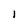
Character: I